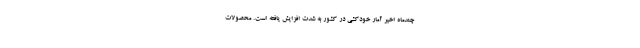
چندماه اخیر آمار خودکشی در کشور به شدت افزایش یافته است. محصولات